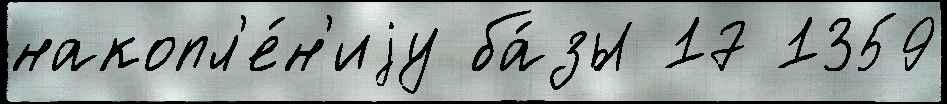
накопл'е́н'иjу ба́зы 17 1359